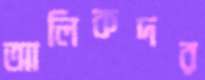
আলিকদর